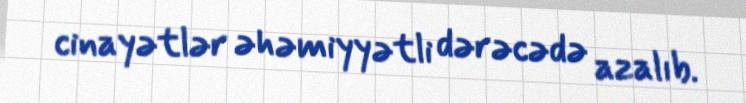
cinayətlər əhəmiyyətli dərəcədə azalıb.